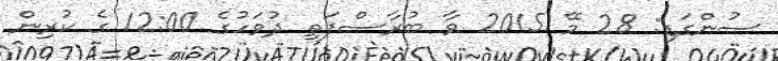
ސުންގަޑި: 28 މޭ 2015 ވާ ބުރާސްފަތި ދުވަހުގެ 12:00 ގެ ކުރިން